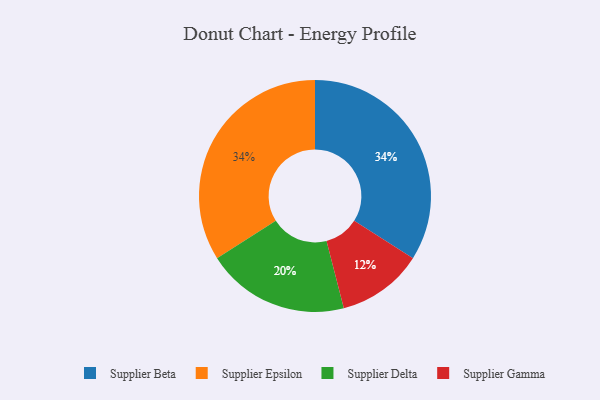
{"axis": {"x": "Category", "y": "Percentage"}, "legend": ["Supplier Beta", "Supplier Delta", "Supplier Epsilon", "Supplier Gamma"], "data": [{"x": "Supplier Delta", "y": 20, "type": "Supplier Delta"}, {"x": "Supplier Gamma", "y": 12, "type": "Supplier Gamma"}, {"x": "Supplier Beta", "y": 34, "type": "Supplier Beta"}, {"x": "Supplier Epsilon", "y": 34, "type": "Supplier Epsilon"}]}